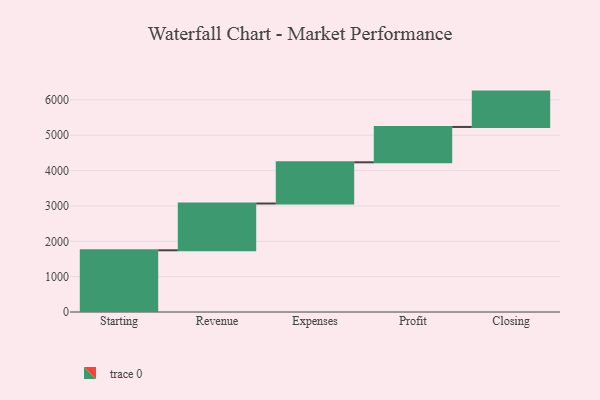
{"axis": {"x": "Step", "y": "Value"}, "legend": [""], "data": [{"x": "Starting", "y": 1746.0, "type": ""}, {"x": "Revenue", "y": 1323.0, "type": ""}, {"x": "Expenses", "y": 1166.0, "type": ""}, {"x": "Profit", "y": 1000, "type": ""}, {"x": "Closing", "y": 1000, "type": ""}]}